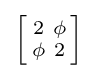
\left[{\begin{smallmatrix}2&\phi \\\phi &2\end{smallmatrix}}\right]